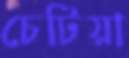
চেটিয়া